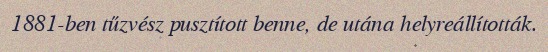
1881-ben tűzvész pusztított benne, de utána helyreállították.